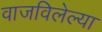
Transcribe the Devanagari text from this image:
वाजविलेल्या